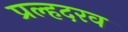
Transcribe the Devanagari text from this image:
प्रल्हदरव